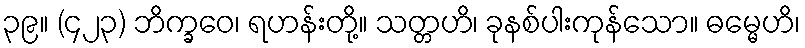
၃၉။ (၄၂၃) ဘိက္ခဝေ၊ ရဟန်းတို့။ သတ္တဟိ၊ ခုနစ်ပါးကုန်သော။ ဓမ္မေဟိ၊